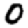
Digit: 0